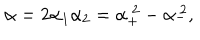
\alpha = 2 \alpha _ { 1 } \alpha _ { 2 } = \alpha _ { + } ^ { ~ 2 } - \alpha _ { - } ^ { ~ 2 } ,